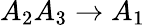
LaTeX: A_{2}A_{3}\rightarrow A_{1}